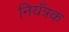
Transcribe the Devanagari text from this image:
नियँत्रक